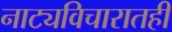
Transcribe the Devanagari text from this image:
नाट्यविचारातही